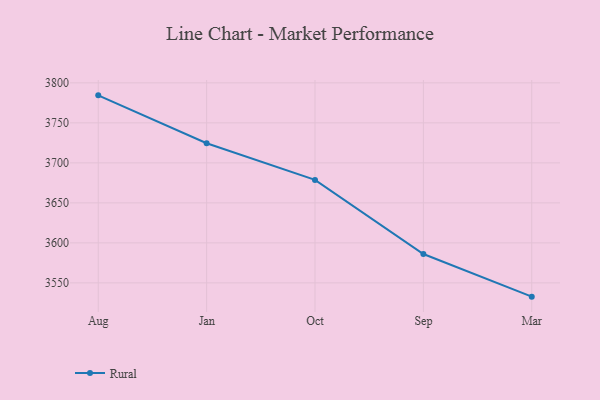
{"axis": {"x": "Month", "y": "Waste Production (Tons)"}, "legend": ["Rural"], "data": [{"x": "Aug", "y": 3784.4, "type": "Rural"}, {"x": "Jan", "y": 3724.5, "type": "Rural"}, {"x": "Oct", "y": 3678.7, "type": "Rural"}, {"x": "Sep", "y": 3586.1, "type": "Rural"}, {"x": "Mar", "y": 3532.8, "type": "Rural"}]}